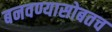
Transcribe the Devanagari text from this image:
बनवण्यासोबतच